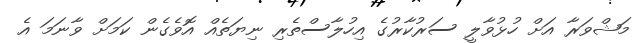
މަޝްވަރާ އަށް ހުޅުވާލީ ސަރުކާރުގެ އިހުލާސްތެރި ނިޔަތެއް އޮވެގެން ކަމަށް ވާނަމަ އެ